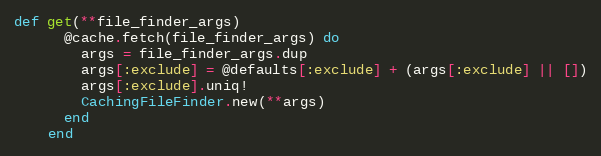
Language: Ruby
def get(**file_finder_args)
      @cache.fetch(file_finder_args) do
        args = file_finder_args.dup
        args[:exclude] = @defaults[:exclude] + (args[:exclude] || [])
        args[:exclude].uniq!
        CachingFileFinder.new(**args)
      end
    end